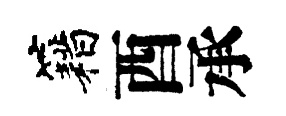
籍酉承